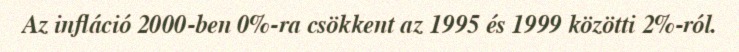
Az infláció 2000-ben 0%-ra csökkent az 1995 és 1999 közötti 2%-ról.